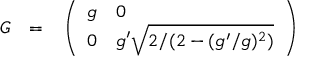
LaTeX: G ~ ~ = ~ ~ \left( \begin{array} { l l } { { g } } & { { 0 } } \\ { { 0 } } & { { g ^ { \prime } \sqrt { 2 / ( 2 - ( g ^ { \prime } / g ) ^ { 2 } ) } } } \end{array} \right)